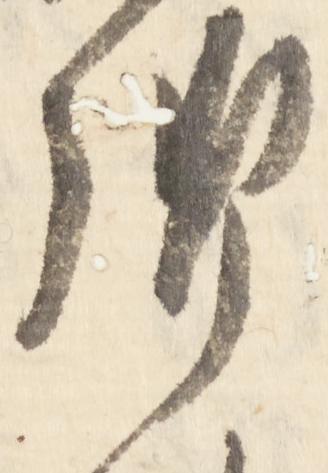
御